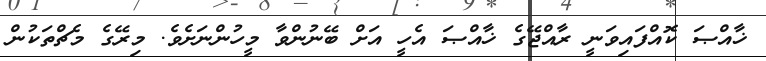
ޚާއްޞަ ކޮއްފައިވަނީ ރާއްޖޭގެ ޚާއްޞަ އެހީ އަށް ބޭނުންވާ މީހުންނަށެވެ. މިރޭގެ މެޗްތަކުން